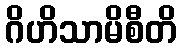
ဂိဟိသာမိစီတိ